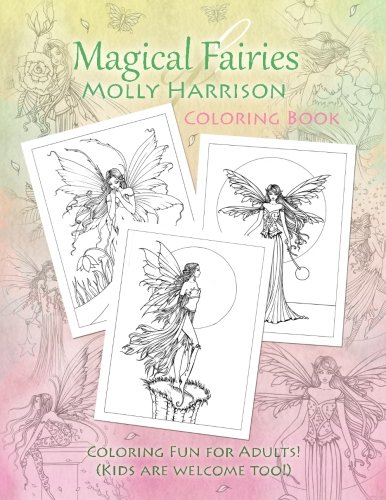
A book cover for Magical Fairies of Molly Harrison: Flower Fairies and Celestial Fairies; Molly Harrison; Crafts, Hobbies & Home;